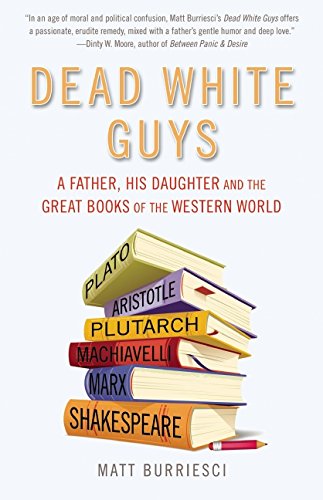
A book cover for Dead White Guys: A Father, His Daughter and the Great Books of the Western World; Matt Burriesci; Parenting & Relationships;